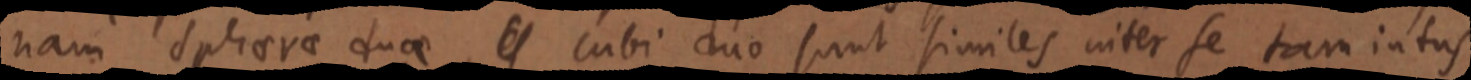
nam spherae duae _ cubi duo sunt similes inter se tam intus